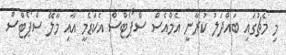
މި މެޗުގައި ބައްދަލު ކުރާނީ އެމްއެސް ސްޕޯޓްސް އެކަޑެމީ އާއި މާލޭ ސްޕޯޓްސް